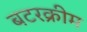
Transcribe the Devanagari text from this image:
बटरक्रीम